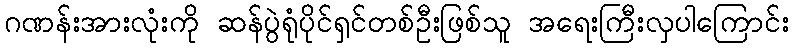
ဂဏန်းအားလုံးကို ဆန်ပွဲရုံပိုင်ရှင်တစ်ဦးဖြစ်သူ အရေးကြီးလှပါကြောင်း